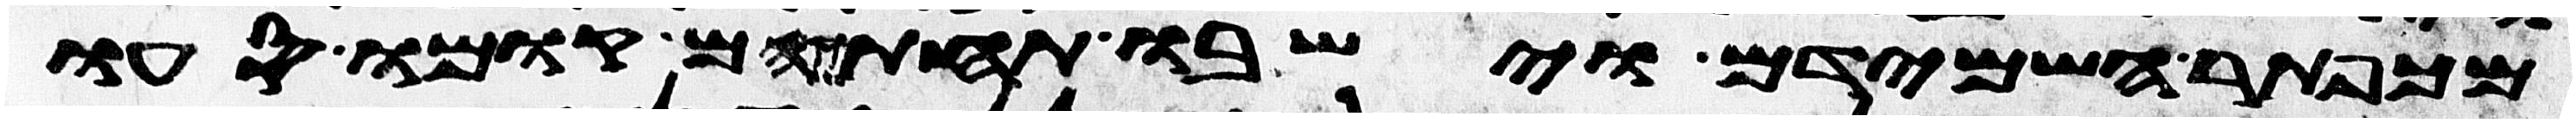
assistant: מכפתר השמידם וישבו תחתם קומו סעו